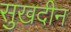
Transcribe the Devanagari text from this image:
सुखदीन